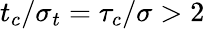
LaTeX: t_{c}/\sigma_{t}=\tau_{c}/\sigma>2